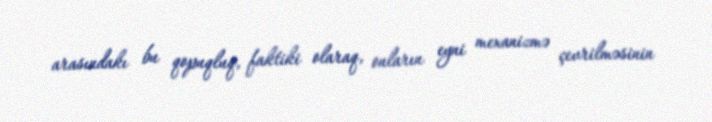
arasındakı bu qopuqluq, faktiki olaraq, onların eyni mexanizmə çevrilməsinin